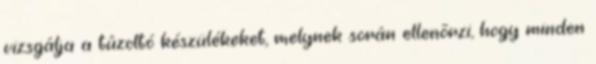
vizsgálja a tûzoltó készülékeket, melynek során ellenõrzi, hogy minden